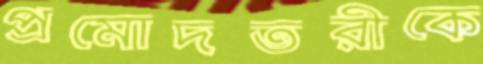
প্রমোদতরীকে